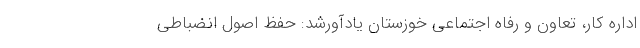
اداره کار، تعاون و رفاه اجتماعی خوزستان یادآورشد: حفظ اصول انضباطی